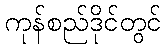
ကုန်စည်ဒိုင်တွင်